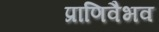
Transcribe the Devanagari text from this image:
प्राणिवैभव